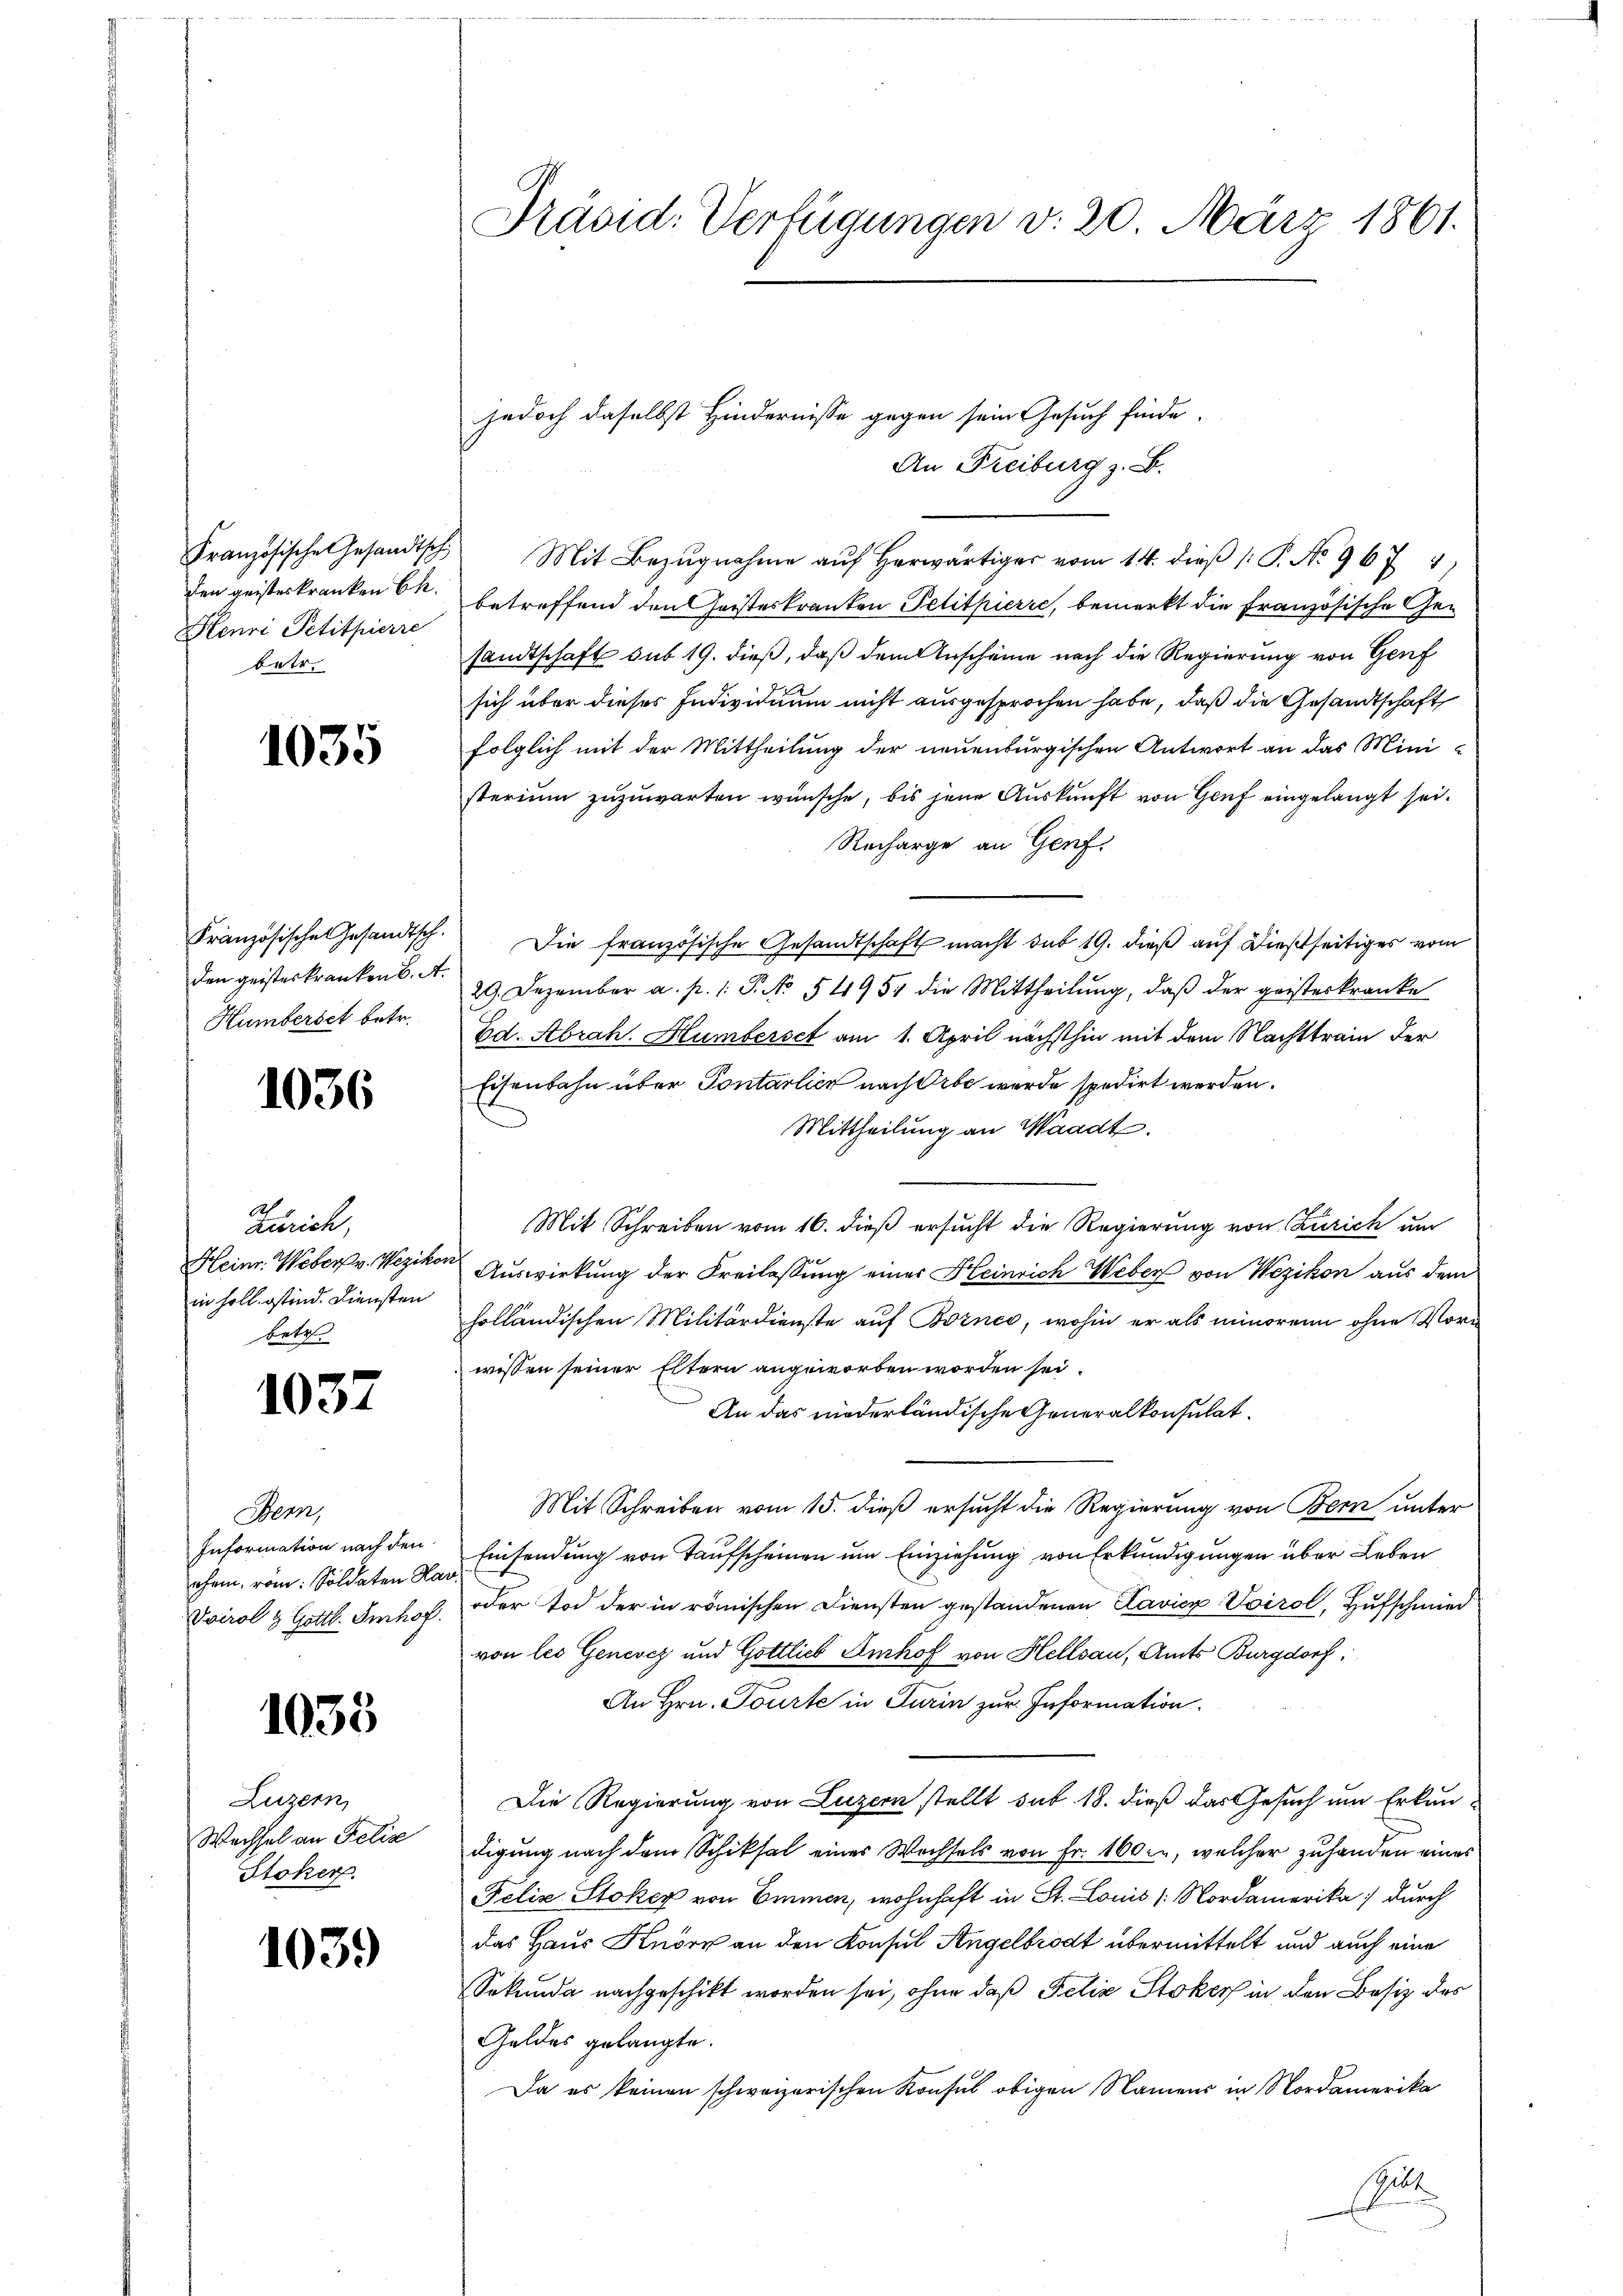
Henri Petitpierre
betr.

1035

den geisteskranken 6. A.
Hümberset betr.

1036

Zürich,
Heinr. Weber v. Wezikon
in holb. ostend. Diensten
betr.

1037

Bern,
Information nach den
ohren, rom: Soldaten Kar

1035

Luzern,
Wechsel an Felix
Stoker

1039

Präsid. Verfügungen v. 20. März 1861.

An Freiburg z. B.
Französische Gesandtsch Mit Bezŭgnahme aŭf herwärtiger vom 14. dieβ (: P. No. 967 4
den geisterkranken OR. betreffend den Geisteskranken Petitpierre, bemerkt die französische Gesandtschaft sub 19. dieß, daß dem Anscheine nach die Regierung von Genf
sich über dieses Individuum nicht ausgesprochen habe, daß die Gesandtschaft
folglich mit der Mittheilung der neuenburgischen Antwort an das Mini-
sterium zuzuwarten wünsche, bis jene Auskunft von Genf eingelangt sei.
Recharge an Genf.
Französische Gesandtsch. Die französische Gesandtschaft macht sub 19. dieß auf dießseitiges vom
29. Dezember a. p. 1. P. No 54954 die Mittheilung, daß der geisterkranke
Ed. Abrah. Humberset am 1. April nächsthin mit dem Nachttrain der
Eisenbahn über Pontarlich nach Orte wurde spedirt werden.
Mittheilung an Waadt.
Mit Schreiben vom 16. dieß ersucht die Regierung von Zürich um
Auswirkung der Freilassung einer Heinrich Weber von Wezikon aus dem
holländischen Militärdienste auf Bornes, wohin er als minorenn ohne Vorwissen seiner Eltern angeworben worden sei.
An das niederländische Generalkonsulat.
Mit Schreiben vom 15. dieß ersucht die Regierung von Bern unter
Einsendung von Taufscheinen um Einziehung von Erkundigungen über Leben
Vvirol & Gottl. Imhof, oder Tod der in römischen Diensten gestandenen Clavier Voirol, Hufschmied
von les Genevez und Gottlich Imhof von Hellsau, Amts Burgdorf:
An Hrn. Tourte in Turin zur Information.
Die Regierung von Luzern stellt sub. 18. dieß das Gesuch um Erkundigung nach dem Schiksal einer Wochsels von Fr. 160., welcher zu handen eines
Felix Stokey von Emmen, wohnhaft in St. Louis Nordamerika durch
das Haus Knorr an den Konsul Angelbrodt übermittelt und auch eine
Sekunda nachgeschikt worden sei, ohne daß Felix Stoker in den Besitz des
Geldes gelangte.
Da es keinen schweizerischen Konsul obigen Namens in Nordamerika
Selte

jedoch daselbst Hindernisse gegen sein Gesuch finde.